Senior Leaving Certificate Examination (including Day School Certificate (Higher) General paper), 1950
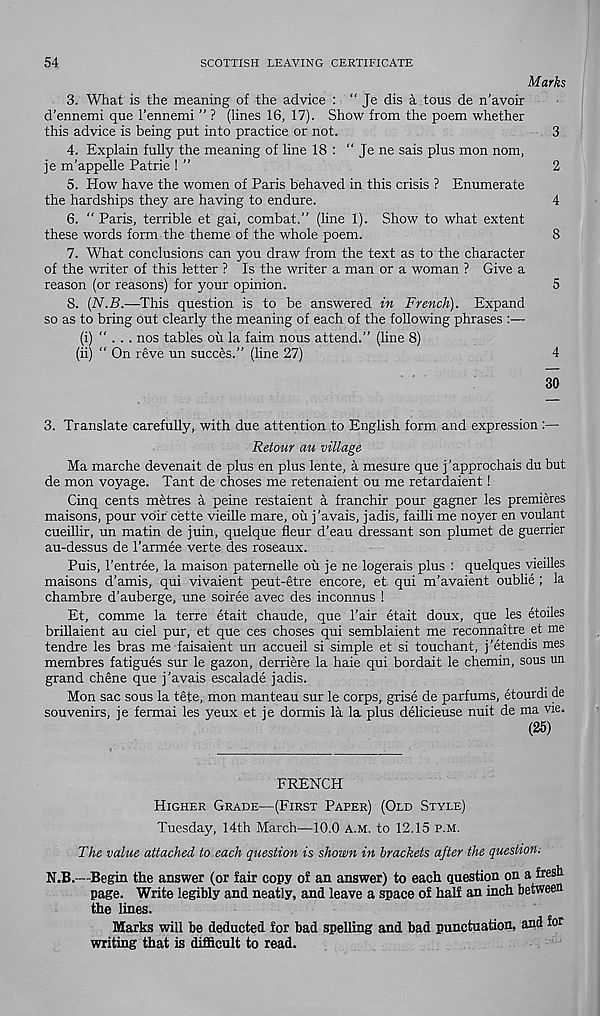
54
SCOTTISH LEAVING CERTIFICATE
Marks
3. What is the meaning of the advice : “ Je dis a tons de n’avoir
d’ennemi que I’ennemi ” ? (lines 16, 17). Show from the poem whether
this advice is being put into practice or not.
3
4. Explain fully the meaning of line 18 : “ Je ne sais plus mon nom,
je m’appelle Patrie ! ”
2
5. How have the women of Paris behaved in this crisis ? Enumerate
the hardships they are having to endure.
4
6. " Paris, terrible et gai, combat.” (line 1). Show to what extent
these words form the theme of the whole poem.
8
7. What conclusions can you draw from the text as to the character
of the writer of this letter ? Is the writer a man or a woman ? Give a
reason (or reasons) for your opinion.
5
8. (N.B.—This question is to be answered in French). Expand
so as to bring out clearly the meaning of each of the following phrases :—
(i) “ . . . nos tables ou la faim nous attend.” (line 8)
(ii) “ On reve un succes.” (line 27)
4
30
3. Translate carefully, with due attention to English form and expression :—
Retour au village
Ma marche devenait de plus en plus lente, a mesure que j'approchais du but
de mon voyage. Tant de choses me retenaient ou me retardaient!
Cinq cents metres a peine restaient a franchir pour gagner les premieres
maisons, pour voir cette vieille mare, ou j’avais, jadis, failli me noyer en voulant
cueillir, un matin de juin, quelque fleur d’eau dressant son plumet de guerrier
au-dessus de I’armee verte des roseaux.
Puis, 1’entree, la maison paternelle ou je ne logerais plus : quelques vieilles
maisons d’amis, qui vivaient peut-etre encore, et qui m’avaient oublie ; la
chambre d’auberge, une soiree avec des inconnus !
Et, comme la terre etait chaude, que Pair etait doux, que les etoiles
brillaient au ciel pur, et que ces choses qui semblaient me reconnaitre et me
tendre les bras me faisaient un accueil si simple et si touchant, j’etendis mes
membres fatigues sur le gazon, derriere la haie qui bordait le chemin, sous un
grand chene que j’avais escalade jadis.
Mon sac sous la tete, mon manteau sur le corps, grise de parfums, etourdi de
souvenirs, je fermai les yeux et je dormis la la plus delicieuse nuit de ma vie.
(25)
FRENCH
Higher Grade—(First Paper) (Old Style)
Tuesday, 14th March—10.0 a.m. to 12.15 p.m.
The value attached to each question is shown in brackets after the question.
N.B.—Begin the answer (or fair copy of an answer) to each question on a hesh
page. Write legibly and neatly, and leave a space of half an inch between
the lines.
Marks will be deducted for bad spelling and bad punctuation, and for
writing that is difficult to read.